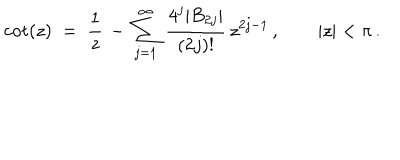
\cot ( z ) \; = \; \frac { 1 } { z } \, - \, \sum _ { j = 1 } ^ { \infty } \, \frac { 4 ^ { j } \vert B _ { 2 j } \vert } { ( 2 j ) ! } \, z ^ { 2 j - 1 } \, , \qquad \vert z \vert < \pi \, .